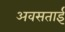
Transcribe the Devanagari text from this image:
अवसताई